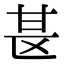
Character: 𫞪